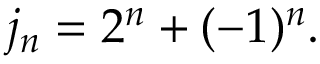
j _ { n } = 2 ^ { n } + ( - 1 ) ^ { n } .